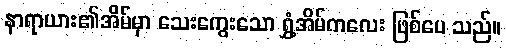
နာရာယား၏အိမ်မှာ သေးကွေးသော ရွှံ့အိမ်ကလေး ဖြစ်ပေ သည်။